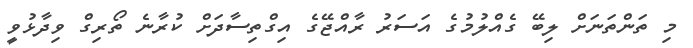
މި ތަންތަނަށް ލިބޭ ގެއްލުމުގެ އަސަރު ރާއްޖޭގެ އިގްތިސާދަށް ކުރާނެ ތޯރިގް ވިދާޅުވީ